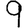
Digit: 9